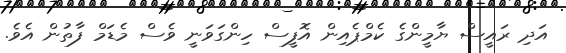
އަދި ރައީސް ޔާމީންގެ ކެމްޕެއިން އޮފީސް ހިންގަވަނީ ވެސް މެޑަމް ފާތުން އެވެ.